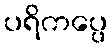
ပရိကပ္ပေ